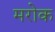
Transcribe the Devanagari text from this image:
मरोक